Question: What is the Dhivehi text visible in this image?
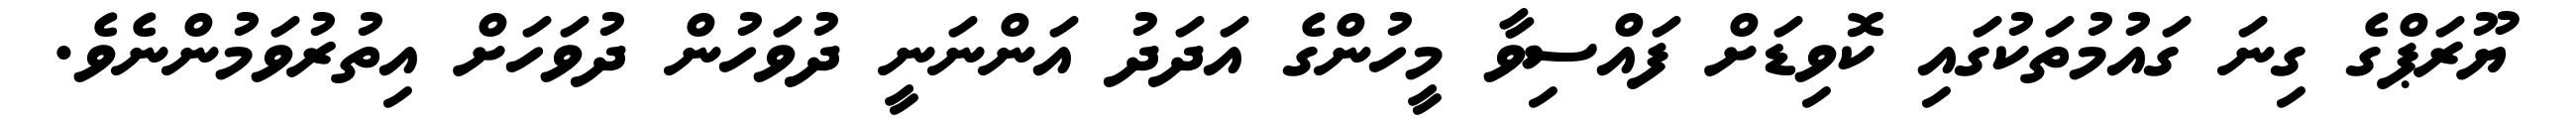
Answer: ޔޫރަޕްގެ ގިނަ ގައުމުތަކުގައި ކޮވިޑަށް ފައްސިވާ މީހުންގެ އަދަދު އަންނަނީ ދުވަހުން ދުވަހަށް އިތުރުވަމުންނެވެ.